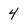
Character: 4